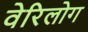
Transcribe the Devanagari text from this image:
वेरिलोग